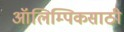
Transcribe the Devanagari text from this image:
ऑलिम्पिकसाठी